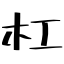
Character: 杠